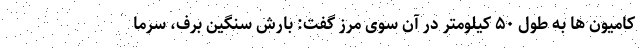
کامیون ها به طول ۵۰ کیلومتر در آن سوی مرز گفت: بارش سنگین برف، سرما